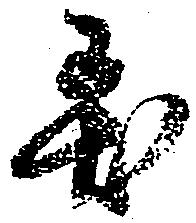
異